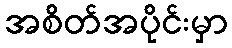
အစိတ်အပိုင်းမှာ